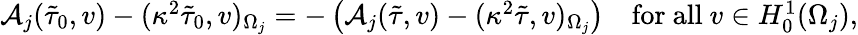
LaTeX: \begin{array}{r}{\mathcal{A}_{j}(\tilde{\tau}_{0},v)-(\kappa^{2}\tilde{\tau}_{0},v)_{\Omega_{j}}=-\left(\mathcal{A}_{j}(\tilde{\tau},v)-(\kappa^{2}\tilde{\tau},v)_{\Omega_{j}}\right)\quad\mathrm{for~all~}v\in H_{0}^{1}(\Omega_{j}),}\end{array}